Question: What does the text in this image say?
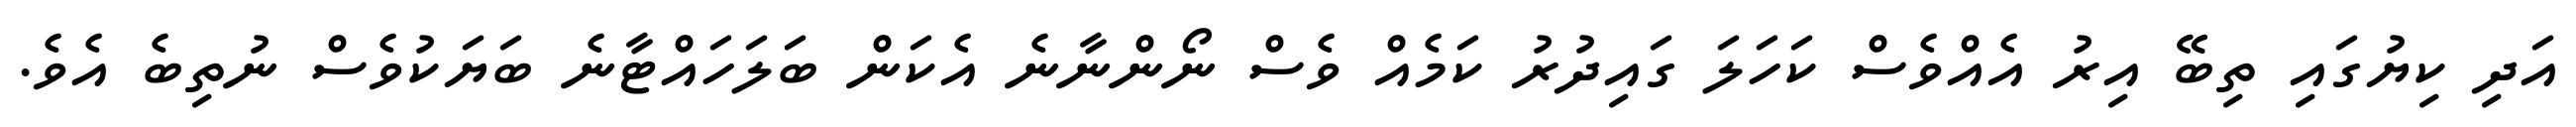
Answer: އަދި ކިޔުގައި ތިބޭ އިރު އެއްވެސް ކަހަލަ ގައިދުރު ކަމެއް ވެސް ނޯންނާނެ އެކަން ބަލަހައްޓާނެ ބަޔަކުވެސް ނުތިބެ އެވެ.